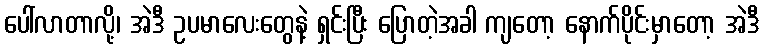
ပေါ်လာတာလို့၊ အဲဒီ ဥပမာလေးတွေနဲ့ ရှင်းပြီး ပြောတဲ့အခါ ကျတော့ နောက်ပိုင်းမှာတော့ အဲဒီ